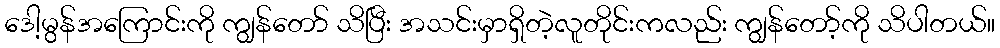
ဒေါ့မွန်အကြောင်းကို ကျွန်တော် သိပြီး အသင်းမှာရှိတဲ့လူတိုင်းကလည်း ကျွန်တော့်ကို သိပါတယ်။